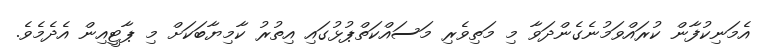
އެމަނިކުފާން ކުރައްވަމުނެގެންދަވާ މި މަތިވެރި މަސައްކަތްޕުޅުގައި އިތުރު ކާމިޔާބަކަށް މި ޕާޓީއިން އެދެމެވެ.